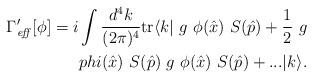
LaTeX: \begin{align*}\Gamma^{\prime}_{\mathit{eff}}[\phi ]=i \int \frac{d^4k}{(2 \pi)^4} \mathrm{tr}\langle k| \ g \ \phi (\hat{x}) \ S(\hat{p}) + \frac{1}{2} \ g\\phi (\hat{x}) \ S(\hat{p}) \ g \ \phi (\hat{x}) \ S(\hat{p}) +... |k \rangle.\end{align*}